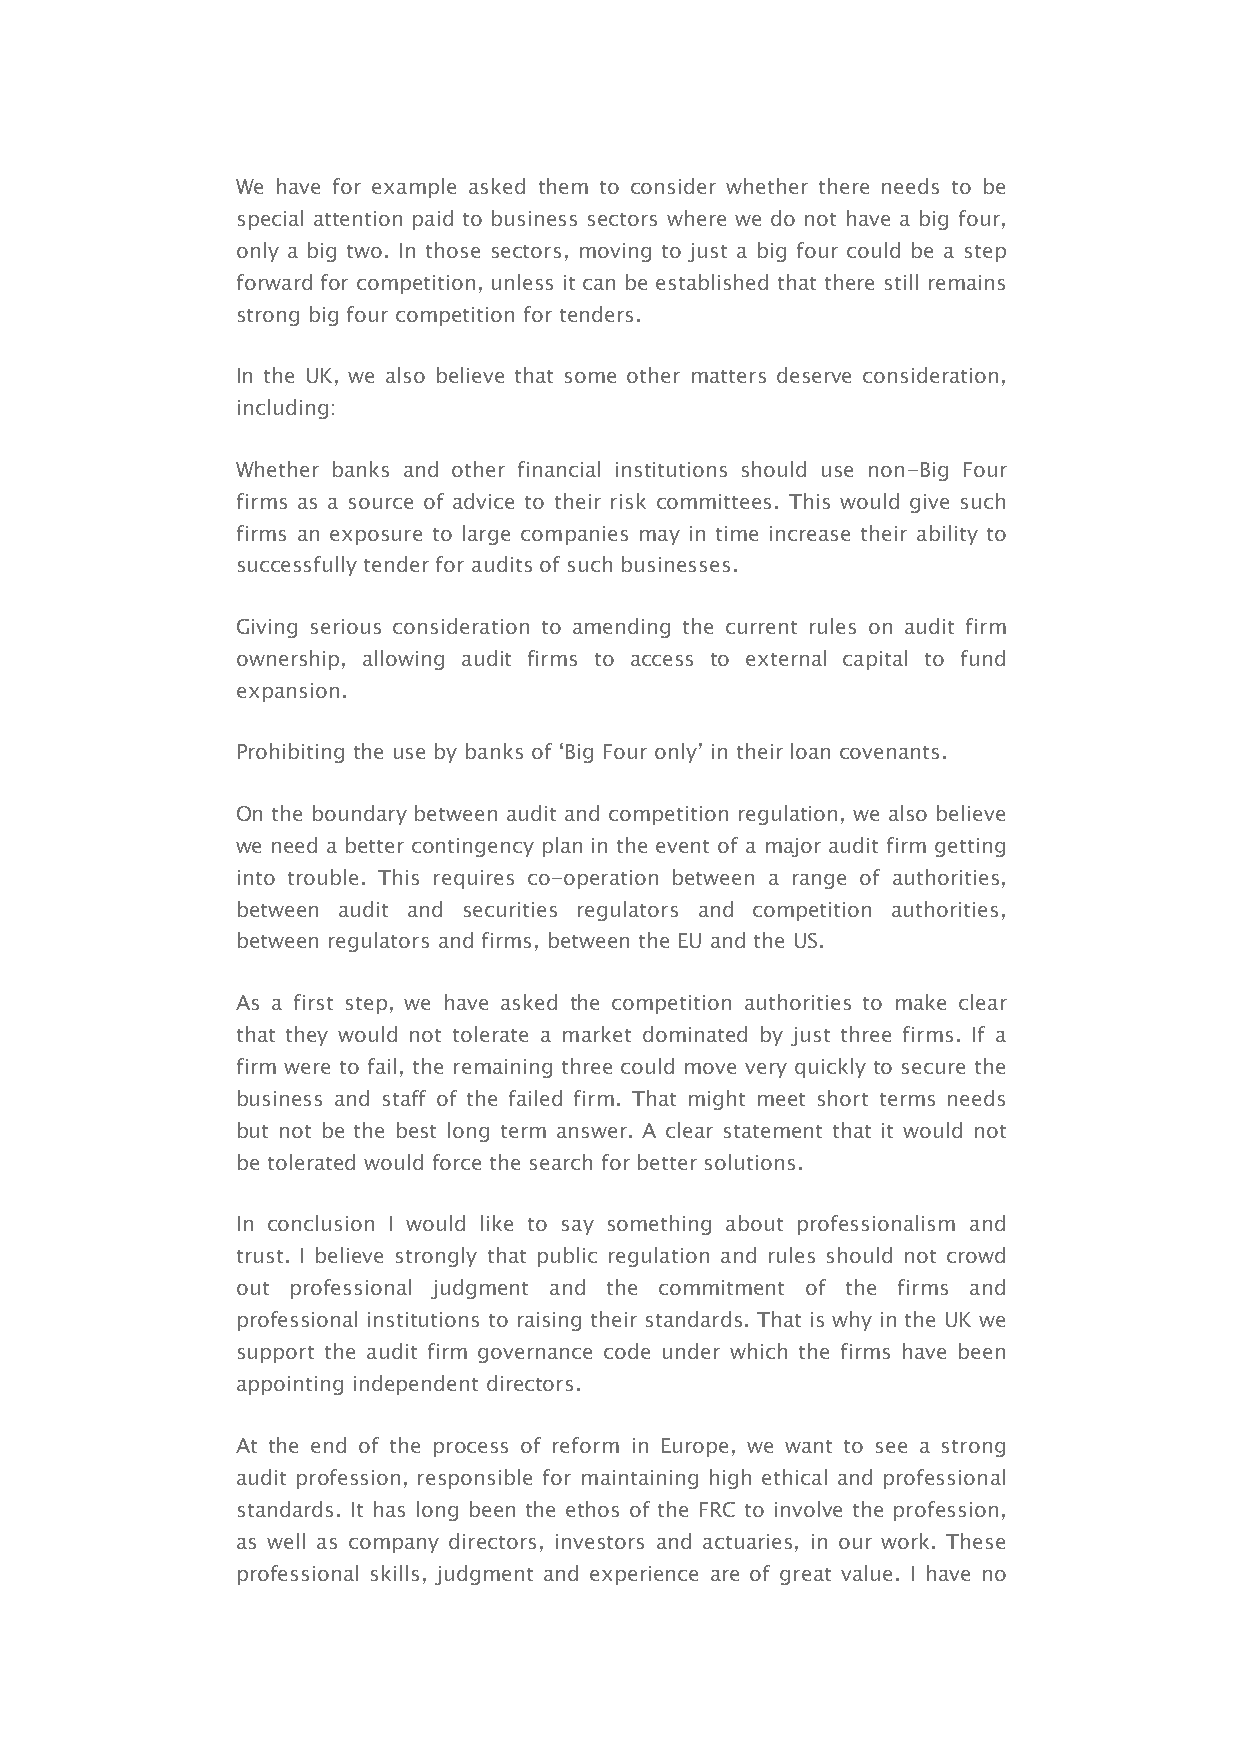
We have for example asked them to consider whether there needs to be
 special attention paid to business sectors where we do not have a big four,
 only a big two. In those sectors, moving to just a big four could be a step
 forward for competition, unless it can be established that there still remains
 strong big four competition for tenders.
 In the UK, we also believe that some other matters deserve consideration,
 including:
 Whether banks and other financial institutions should use non-Big Four
 firms as a source of advice to their risk committees. This would give such
 firms an exposure to large companies may in time increase their ability to
 successfully tender for audits of such businesses.
 Giving serious consideration to amending the current rules on audit firm
 ownership, allowing audit firms to access to external capital to fund
 expansion.
 Prohibiting the use by banks of ‘Big Four only’ in their loan covenants.
 On the boundary between audit and competition regulation, we also believe
 we need a better contingency plan in the event of a major audit firm getting
 into trouble. This requires co-operation between a range of authorities,
 between audit and securities regulators and competition authorities,
 between regulators and firms, between the EU and the US.
 As a first step, we have asked the competition authorities to make clear
 that they would not tolerate a market dominated by just three firms. If a
 firm were to fail, the remaining three could move very quickly to secure the
 business and staff of the failed firm. That might meet short terms needs
 but not be the best long term answer. A clear statement that it would not
 be tolerated would force the search for better solutions.
 In conclusion I would like to say something about professionalism and
 trust. I believe strongly that public regulation and rules should not crowd
 out professional judgment and the commitment of the firms and
 professional institutions to raising their standards. That is why in the UK we
 support the audit firm governance code under which the firms have been
 appointing independent directors.
 At the end of the process of reform in Europe, we want to see a strong
 audit profession, responsible for maintaining high ethical and professional
 standards. It has long been the ethos of the FRC to involve the profession,
 as well as company directors, investors and actuaries, in our work. These
 professional skills, judgment and experience are of great value. I have no